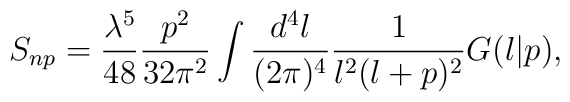
S_{np}=\frac{\lambda^5}{48}\frac{p^2}{32\pi^2}\int\frac{d^4  l}{(2\pi)^4}\frac{1}{l^2(l+p)^2} G(l|p),